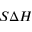
S \Delta H